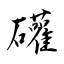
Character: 礶